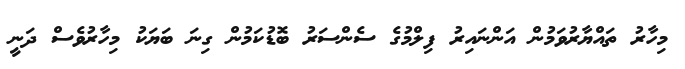
މިހާރު ތައްޔާރުވަމުން އަންނައިރު ފިލްމުގެ ސެންސަރު ބޮޑުކަމުން ގިނަ ބަޔަކު މިހާރުވެސް ދަނީ